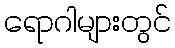
ရောဂါများတွင်